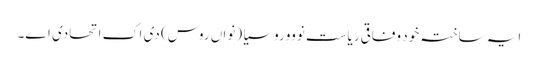
ایہ ساختہ خود وفاقی ریاست نوووروسیا (نواں روس) دی اک اتحادی اے۔